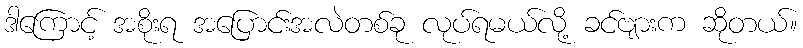
ဒါကြောင့် အစိုးရ အပြောင်းအလဲတစ်ခု လုပ်ရမယ်လို့ ခင်ဗျားက ဆိုတယ်။